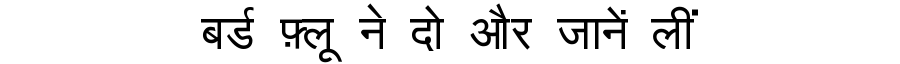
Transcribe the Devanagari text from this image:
बर्ड फ़्लू ने दो और जानें लीं